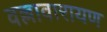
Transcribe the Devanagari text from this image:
वल्लावारायण